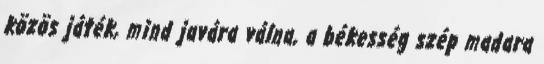
közös játék, mind javára válna, a békesség szép madara